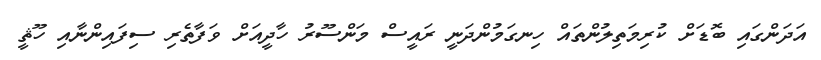
އަދަންގައި ބޮޑަށް ކުރިމަތިލުންތައް ހިނގަމުންދަނީ ރައީސް މަންސޫރު ހާދީއަށް ވަފާތެރި ސިފައިންނާއި ހޫޘީ